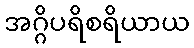
အဂ္ဂိပရိစရိယာယ